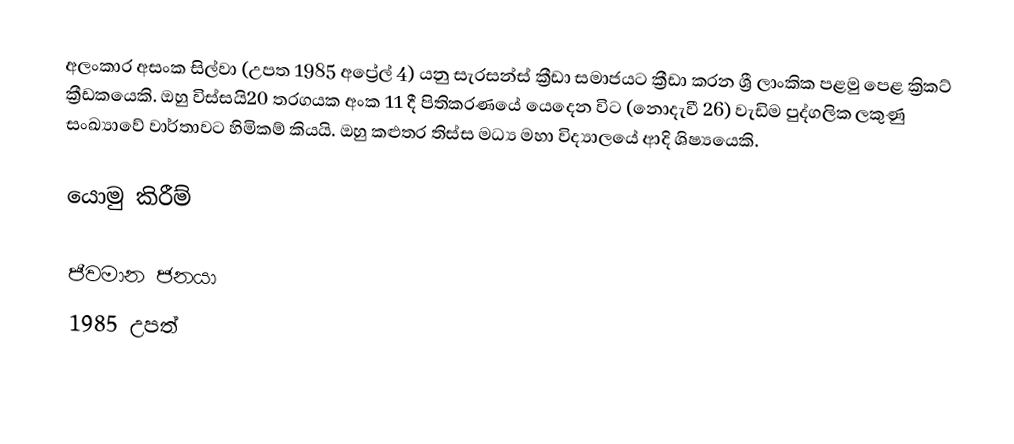
අලංකාර අසංක සිල්වා (උපත 1985 අප්‍රේල් 4) යනු සැරසන්ස් ක්‍රීඩා සමාජයට ක්‍රීඩා කරන ශ්‍රී ලාංකික පළමු පෙළ ක්‍රිකට් ක්‍රීඩකයෙකි. ඔහු විස්සයි20 තරගයක අංක 11 දී පිතිකරණයේ යෙදෙන විට (නොදැවී 26) වැඩිම පුද්ගලික ලකුණු සංඛ්‍යාවේ වාර්තාවට හිමිකම් කියයි. ඔහු කළුතර තිස්ස මධ්‍ය මහා විද්‍යාලයේ ආදි ශිෂ්‍යයෙකි.

යොමු කිරීම්

ජීවමාන ජනයා
1985 උපත්